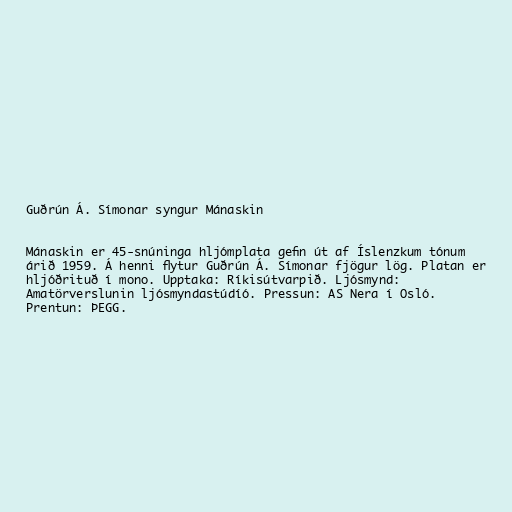
Guðrún Á. Símonar syngur Mánaskin

Mánaskin er 45-snúninga hljómplata gefin út af Íslenzkum tónum
árið 1959. Á henni flytur Guðrún Á. Símonar fjögur lög. Platan er
hljóðrituð í mono. Upptaka: Ríkisútvarpið. Ljósmynd:
Amatörverslunin ljósmyndastúdíó. Pressun: AS Nera í Osló.
Prentun: ÞEGG.